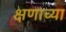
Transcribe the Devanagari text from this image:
क्षणाच्या